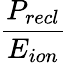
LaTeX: \frac{P_{recl}}{E_{ion}}